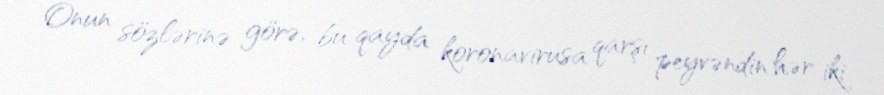
Onun sözlərinə görə, bu qayda koronavirusa qarşı peyvəndin hər iki